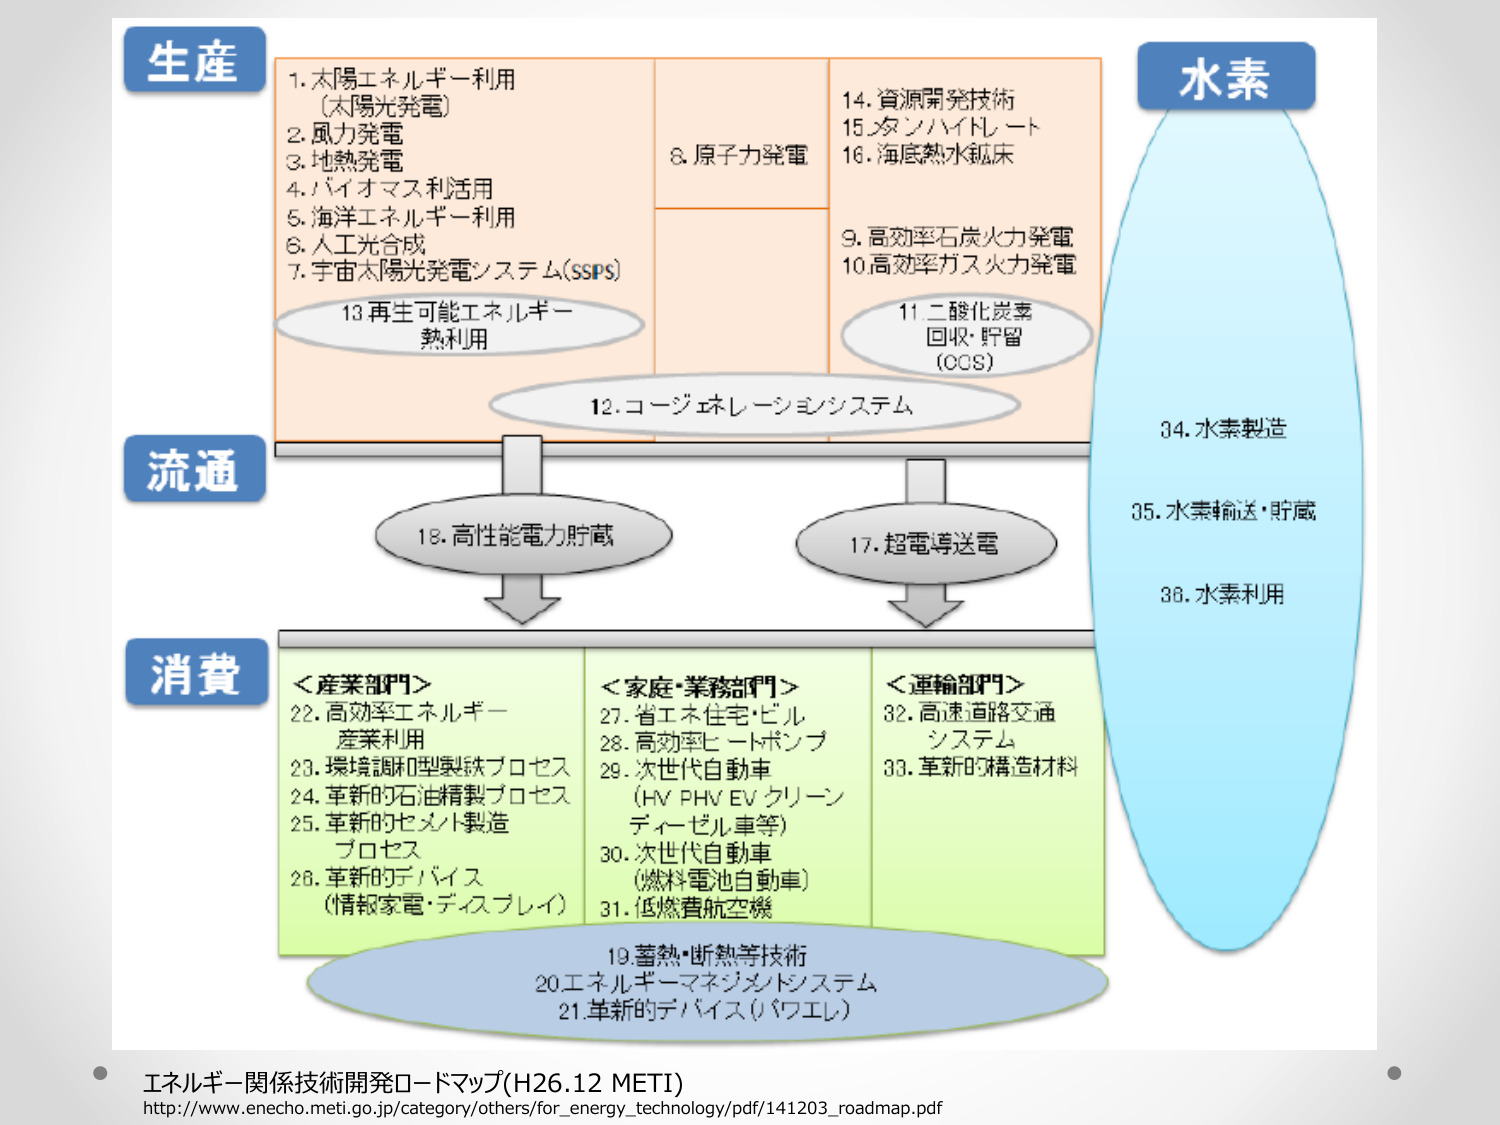
生産
1. 太陽エネルギー利用
　（太陽光発電）
2. 風力発電
3. 地熱発電
4. バイオマス利活用
5. 海洋エネルギー利用
6. 人工光合成
7. 宇宙太陽光発電システム（SSPS）
8. 原子力発電
14. 資源開発技術
15. メンハイトレート
16. 海底熱水鉱床
9. 高効率石炭火力発電
10. 高効率ガス火力発電
11. 二酸化炭素回収・貯留（CCS）
12. コージェネレーションシステム
13. 再生可能エネルギー熱利用

流通
18. 高性能電力貯蔵
17. 超電導送電

消費
＜産業部門＞
22. 高効率エネルギー産業利用
23. 環境調和型製鉄プロセス
24. 革新的石油精製プロセス
25. 革新的セメント製造プロセス
26. 革新的デバイス（情報家電・ディスプレイ）
＜家庭・業務部門＞
27. 省エネ住宅・ビル
28. 高効率ヒートポンプ
29. 次世代自動車（HV PHV EV クリーンディーゼル車等）
30. 次世代自動車（燃料電池自動車）
31. 低燃費航空機
＜運輸部門＞
32. 高速道路交通システム
33. 革新的構造材料
19. 蓄熱・断熱等技術
20. エネルギーマネジメントシステム
21. 革新的デバイス（パワエレ）

水素
34. 水素製造
35. 水素輸送・貯蔵
36. 水素利用

エネルギー関係技術開発ロードマップ（H26.12 METI）
http://www.enecho.meti.go.jp/category/others/for_energy_technology/pdf/141203_roadmap.pdf